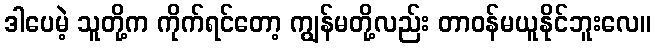
ဒါပေမဲ့ သူတို့က ကိုက်ရင်တော့ ကျွန်မတို့လည်း တာဝန်မယူနိုင်ဘူးလေ။